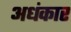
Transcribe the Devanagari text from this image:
अधंकार